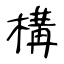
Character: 構